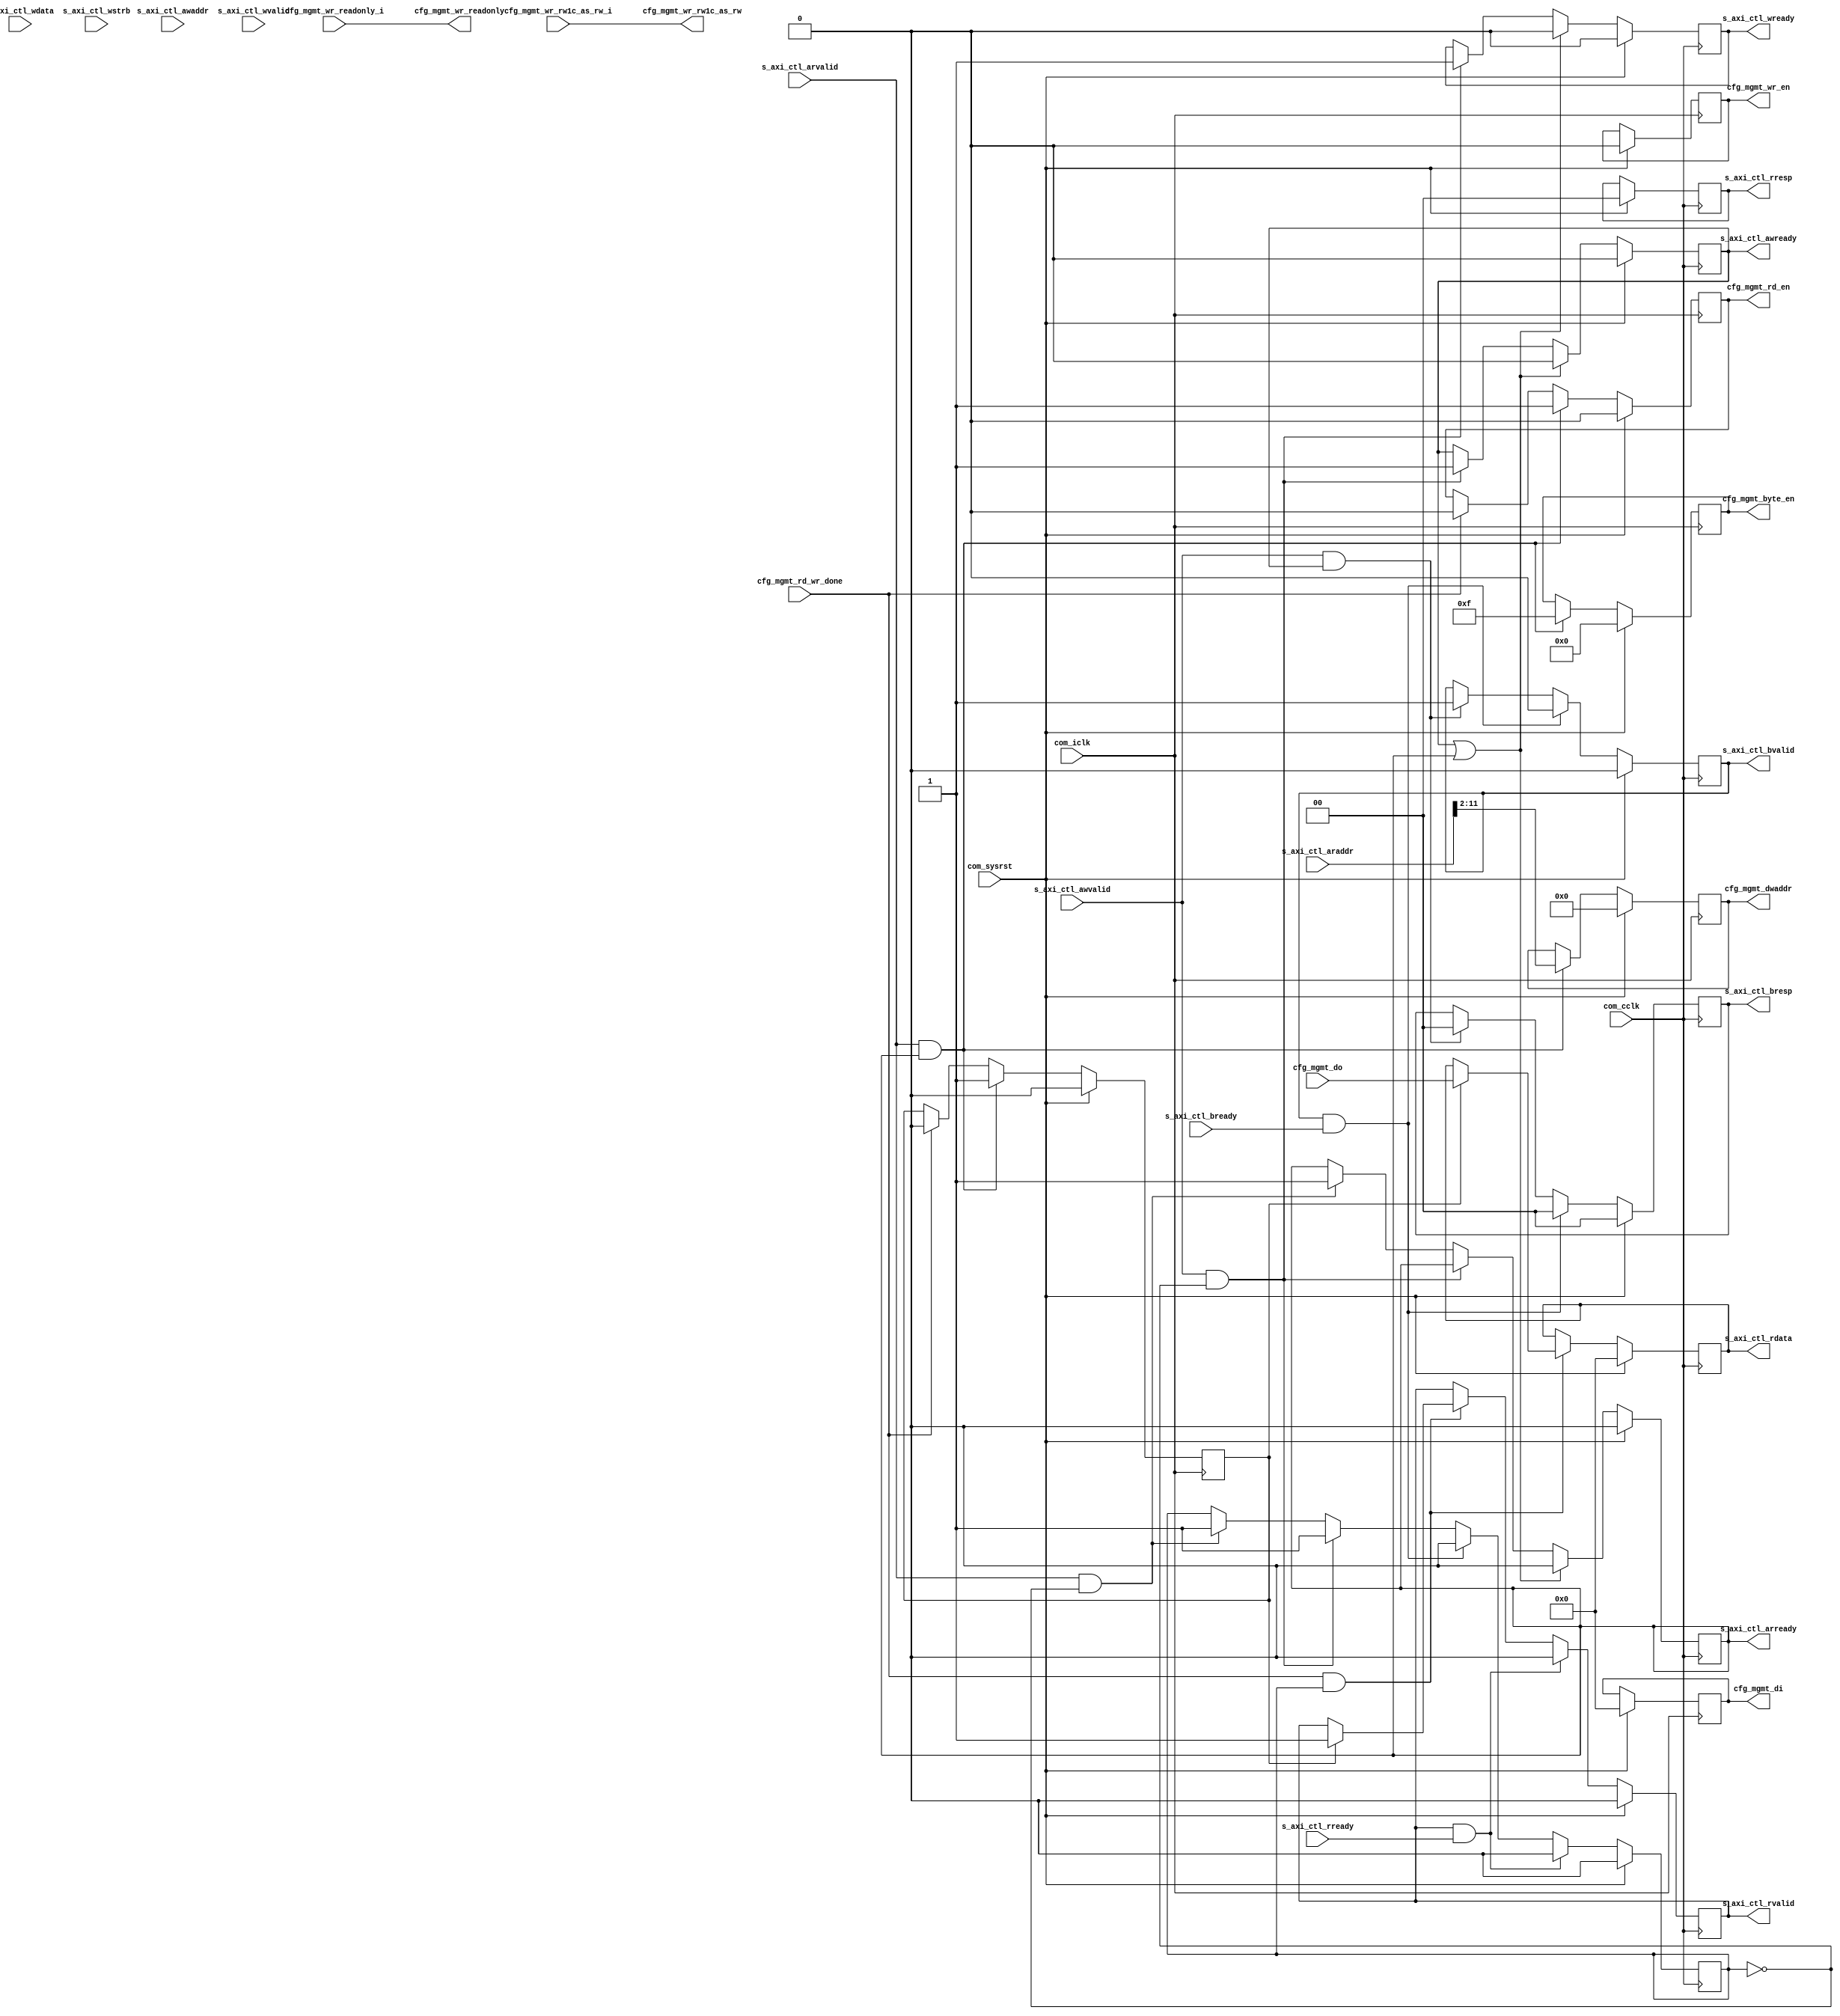
//----------------------------------------------------------------------------//
//                                                                            //
//  Description:                                                              //
//  AXI-Lite to Management interface Bridge                                   //
//  Contains a logic which converts AXI-Lite protocol based interface to      //
//  Management Interface of PCIe Hard Block                                   //
//                                                                            //
//  Notes:                                                                    //
//  Optional notes section.                                                   //
//                                                                            //
//  Hierarchical:                                                             //
//    axi_enhanced_cfg                                                        //
//    axi_enhanced_cfg_block_bridge                                           //
//                                                                            //
//----------------------------------------------------------------------------//

`timescale 1ps/1ps

module axi_pcie_v1_08_a_axi_enhanced_cfg_block_bridge #(
  parameter C_FAMILY = "X7",                         // Targeted FPGA family
  parameter C_ROOT_PORT = "FALSE",                   // PCIe block is in root port mode
  parameter C_ADDR_WIDTH = 12,                       // Address Width
  parameter [31:0] C_BASEADDR = 32'hFFFF_FFFF,       // AXI-Lite Base Address
  parameter [31:0] C_HIGHADDR = 32'h0000_0000,       // AXI-Lite High Address
  parameter TCQ = 1                                  // Clock-to-Q delay
  ) (
  
  //--------------------------------------------//
  // AXI-Lite Interface                         //
  //--------------------------------------------//

  // AXI-Lite Write Address Channel
  input [31:0]               s_axi_ctl_awaddr,       // AXI Lite Write Address
  input                      s_axi_ctl_awvalid,      // AXI Lite Write Address Valid
  output reg                 s_axi_ctl_awready,      // AXI Lite Write Address Core ready

  // AXI-Lite Write Data Channel
  input [31:0]               s_axi_ctl_wdata,        // AXI Lite Write Data
  input [3:0]                s_axi_ctl_wstrb,        // AXI Lite Write Data strobe
  input                      s_axi_ctl_wvalid,       // AXI Lite Write Data Valid
  output reg                 s_axi_ctl_wready,       // AXI Lite Write Data Core ready

  // AXI-Lite Write Response Channel
  output reg [1:0]           s_axi_ctl_bresp,        // AXI Lite Write Data strobe
  output reg                 s_axi_ctl_bvalid,       // AXI Lite Write Data Valid
  input                      s_axi_ctl_bready,       // AXI Lite Write Data Core ready

  // AXI-Lite Read Address Channel
  input [31:0]               s_axi_ctl_araddr,       // AXI Lite Read Address
  input                      s_axi_ctl_arvalid,      // AXI Lite Read Address Valid
  output reg                 s_axi_ctl_arready,      // AXI Lite Read Address Core ready

  // AXI-Lite Read Data Channel
  output reg [31:0]          s_axi_ctl_rdata,        // AXI Lite Read Data
  output reg [1:0]           s_axi_ctl_rresp,        // AXI Lite Read Data strobe
  output reg                 s_axi_ctl_rvalid,       // AXI Lite Read Data Valid
  input                      s_axi_ctl_rready,       // AXI Lite Read Data Core ready

  //--------------------------------------------//
  // Special Access Control Signals             //
  //--------------------------------------------//
  input                      cfg_mgmt_wr_rw1c_as_rw_i, // Write to RW1C bit
  input                      cfg_mgmt_wr_readonly_i,   // Write to RO bit
  
  //--------------------------------------------//
  // PCIe Configurtion Management Interface     //
  //--------------------------------------------//
  input                      cfg_mgmt_rd_wr_done,    // Read Write Done
  input [31:0]               cfg_mgmt_do,            // Data out
  output reg                 cfg_mgmt_rd_en,         // Read Enable
  output reg                 cfg_mgmt_wr_en,         // Write Enable
  output                     cfg_mgmt_wr_readonly,   // Write to Read only location
  output                     cfg_mgmt_wr_rw1c_as_rw, // Write to Read/Write 1 to clear location
  output reg [31:0]          cfg_mgmt_di,            // Data Input
  output reg [3:0]           cfg_mgmt_byte_en,       // Byte Enable
  output reg [9:0]           cfg_mgmt_dwaddr,        // Address
  
  //--------------------------------------------//
  // System I/Os                                //
  //--------------------------------------------//
  input                      com_sysrst,             // Reset Signal for the core
  input                      com_iclk,               // Interface Clock
  input                      com_cclk                // AXI Lite Clock

  );

  // internal registers
  reg                        request_in_progress;    // To make sure we don't capture the AXI-Lite
                                                     // read/write request again upon receiving the
                                                     // corresponding valid bit HIGH if any request
                                                     // is waiting for response

  reg                        rd_wr_bar_pending;      // Read/Write bar

  localparam                 IDLE           = 2'b00;
  localparam                 CLEAR_DW       = 2'b01;
  localparam                 CLEAR_BYTE_EN  = 2'b10;
  localparam                 CLEAR_BCR_BITS = 2'b11;
  reg [1:0]                  state;

  generate

  if(C_ROOT_PORT == "TRUE") begin : root_port_1
  
    //--------------------------------------------------------------------------//
    // AXI-Lite interface works on the com_cclk
    //
    // Read and write operations will be mutually exclusive
    //
    // Write Request:
    // Ready will be given to the AXI-Lite Write Address and Data channels once
    // it gets valid data and address. It will remain high for one clock cycle.
    // AXI-Lite Write Response channel will have valid high once it gets valid 
    // response from management interface and will be held till the time it gets 
    // s_axi_ctl_bready high from user side
    //
    // Read Request:
    // s_axi_ctl_arready will be asserted once it gets s_axi_ctl_arvalid high and
    // remains high for once clock cycle. This block will put valid data on
    // s_axi_ctl_rdata bus along with s_axi_ctl_rvalid high once it gets valid 
    // response from management interface through cfg_mgmt_rd_wr_done(HIGH)
    // Data along with valid signal will be held till the time it gets 
    // s_axi_ctl_rready high from the user side
    //--------------------------------------------------------------------------//
    always@(posedge com_cclk)
    begin
      if(com_sysrst) begin
        s_axi_ctl_awready      <= #TCQ 1'b0;
        s_axi_ctl_wready       <= #TCQ 1'b0;
        s_axi_ctl_bvalid       <= #TCQ 1'b0;
        s_axi_ctl_arready      <= #TCQ 1'b0;
        s_axi_ctl_rdata        <= #TCQ 32'b0;
        s_axi_ctl_rvalid       <= #TCQ 1'b0;
        s_axi_ctl_rresp        <= #TCQ 2'b00;
        s_axi_ctl_bresp        <= #TCQ 2'b00;
        request_in_progress    <= #TCQ 1'b0;
      end
      else begin
        if(s_axi_ctl_awvalid && (!request_in_progress)) begin // Write Request
          s_axi_ctl_awready    <= #TCQ 1'b1;
          s_axi_ctl_wready     <= #TCQ 1'b1;
          request_in_progress  <= #TCQ 1'b1;
        end
        else if(s_axi_ctl_arvalid && (!request_in_progress)) begin // Read Request
          s_axi_ctl_arready    <= #TCQ 1'b1;
          request_in_progress  <= #TCQ 1'b1;
        end
        
        // Drive the response as soon as we get the acknowlege with/without data (depends on the request type)
        if(cfg_mgmt_rd_wr_done && request_in_progress) begin
          if(rd_wr_bar_pending) begin // Drive Read data channe
            s_axi_ctl_rvalid   <= #TCQ 1'b1;
            s_axi_ctl_rdata    <= #TCQ cfg_mgmt_do;
          end
          else begin // Drive write response channel
            s_axi_ctl_bvalid   <= #TCQ 1'b1;
          end
        end
        
        // Ready output signals must be asserted for single clock cycle
        if(s_axi_ctl_awready || s_axi_ctl_arready) begin
          s_axi_ctl_awready    <= #TCQ 1'b0;
          s_axi_ctl_wready     <= #TCQ 1'b0;
          s_axi_ctl_arready    <= #TCQ 1'b0;
        end

        // De-assert response valid signal along with request in progress once
        // the transaction is received by the AXI-Lite slave sub-module
        if(s_axi_ctl_bvalid && s_axi_ctl_bready) begin
          s_axi_ctl_bvalid     <= #TCQ 1'b0;
          request_in_progress  <= #TCQ 1'b0;
        end
        if(s_axi_ctl_rvalid && s_axi_ctl_rready) begin
          s_axi_ctl_rvalid     <= #TCQ 1'b0;
          request_in_progress  <= #TCQ 1'b0;
        end

      end
    end

  // State Machine to Police AXI-Lite writes in case of Root Port mode
  // IO limit/Base, Memory Limit/Base, IP limit Upper-16/lower-16 bit 2,3,4 of Bridge Control register
  // are not allowed to be written by AXI-Lite (Although they all are RW in HardCore)
  // AXI-PCIE doesn't support these features
  always@(posedge com_cclk)
  begin
    if(com_sysrst) begin
      state <= #TCQ 2'b00;
    end
    else if(s_axi_ctl_awvalid && (!request_in_progress)) begin // Valid Write request
      case(s_axi_ctl_awaddr[11:0])
      12'h020, 12'h030 : state <= #TCQ CLEAR_DW;
      12'h01C          : state <= #TCQ CLEAR_BYTE_EN;
      12'h03C          : state <= #TCQ CLEAR_BCR_BITS;
      default          : state <= #TCQ IDLE;
      endcase
    end
  end

  end // root_port_1
  else begin : end_point_1
    //--------------------------------------------------------------------------//
    // AXI-Lite interface works on the com_cclk
    //
    // Read and write operations will be mutually exclusive
    //
    // Write Request:
    // SLVERR response will be returned in response to AXI-Lite write request on 
    // Core Configuration space
    //
    // Read Request:
    // s_axi_ctl_arready will be asserted once it gets s_axi_ctl_arvalid high and
    // remains high for once clock cycle. This block will put valid data on
    // s_axi_ctl_rdata bus along with s_axi_ctl_rvalid high once it gets valid 
    // response from management interface through cfg_mgmt_rd_wr_done(HIGH)
    // Data along with valid signal will be held till the time it gets 
    // s_axi_ctl_rready high from the user side
    //--------------------------------------------------------------------------//
    always@(posedge com_cclk)
    begin
      if(com_sysrst) begin
        s_axi_ctl_awready      <= #TCQ 1'b0;
        s_axi_ctl_wready       <= #TCQ 1'b0;
        s_axi_ctl_bvalid       <= #TCQ 1'b0;
        s_axi_ctl_arready      <= #TCQ 1'b0;
        s_axi_ctl_rdata        <= #TCQ 32'b0;
        s_axi_ctl_rvalid       <= #TCQ 1'b0;
        s_axi_ctl_rresp        <= #TCQ 2'b00;
        s_axi_ctl_bresp        <= #TCQ 2'b00;
        request_in_progress    <= #TCQ 1'b0;
        state                  <= #TCQ 2'b00;
      end
      else begin
        if(s_axi_ctl_awvalid && (!request_in_progress)) begin // Write Request
          s_axi_ctl_awready    <= #TCQ 1'b1;
          s_axi_ctl_wready     <= #TCQ 1'b1;
          request_in_progress  <= #TCQ 1'b1;
        end
        else if(s_axi_ctl_arvalid && (!request_in_progress)) begin // Read Request
          s_axi_ctl_arready    <= #TCQ 1'b1;
          request_in_progress  <= #TCQ 1'b1;
        end
        
        // Drive the response as soon as we get the acknowlege with/without data (depends on the request type)
        if(cfg_mgmt_rd_wr_done && request_in_progress) begin
          // Nam - added according to Manish's input        
          // coverage off -item b 1 -allfalse
          if(rd_wr_bar_pending) begin // Drive Read data channe
            s_axi_ctl_rvalid   <= #TCQ 1'b1;
            s_axi_ctl_rdata    <= #TCQ cfg_mgmt_do;
          end
        end
        
        // Ready output signals must be asserted for single clock cycle
        if(s_axi_ctl_awready || s_axi_ctl_arready) begin
          s_axi_ctl_awready    <= #TCQ 1'b0;
          s_axi_ctl_wready     <= #TCQ 1'b0;
          s_axi_ctl_arready    <= #TCQ 1'b0;
        end
        // Drive SLVERR in response for AXI-Lite write request
        if(s_axi_ctl_awvalid && s_axi_ctl_awready) begin
          s_axi_ctl_bvalid     <= #TCQ 1'b1;
          s_axi_ctl_bresp      <= #TCQ 2'b00; // OKAY
        end
        // De-assert response valid signal along with request in progress once
        // the transaction is received by the AXI-Lite slave sub-module
        if(s_axi_ctl_bvalid && s_axi_ctl_bready) begin
          s_axi_ctl_bvalid     <= #TCQ 1'b0;
          s_axi_ctl_bresp      <= #TCQ 2'b00;
          request_in_progress  <= #TCQ 1'b0;
        end
        if(s_axi_ctl_rvalid && s_axi_ctl_rready) begin
          s_axi_ctl_rvalid     <= #TCQ 1'b0;
          request_in_progress  <= #TCQ 1'b0;
        end

      end
    end
  end // end_point_1
  endgenerate

  //--------------------------------------------------------------------------//
  // Management interface works on the com_iclk
  // There can be at the max one Root Port instantiated in the core as of now.
  // Multiple RC are not supported
  //
  // Write Operation:
  // Write request will be driven on management interface once it gets
  // s_axi_ctl_awvalid, s_axi_ctl_wvalid, s_axi_ctl_awready and s_axi_ctl_wready
  // all asserted. cfg_mgmt_dwaddr, cfg_mgmt_di and cfg_mgmt_wr_en will retain 
  // their values until it gets cfg_mgmt_rd_wr_done signal high.
  //
  // Read Operation:
  // Read request will be driven on management interaface once it gets
  // s_axi_ctl_arvalid and s_axi_ctl_arready high. cfg_mgmt_dwaddr and
  // cfg_mgmt_rd_en will retain their values until it gets cfg_mgmt_rd_wr_done 
  // signal high.
  //--------------------------------------------------------------------------//
  
  // Generate Block is used for future in case multiple RP can be instantiated 
  // which is not supported as of now. In that case C_ADDR_WIDTH will be greater
  // than 12 and this block will have to perform ECAM Slicing 
  // (i.e. multiplexing/demultiplexing must be provided in order to route the 
  // AXI-Lite read/write request correctly so that each core gets addresses that 
  // correspond to its slice of ECAM window.
  generate
  
  assign cfg_mgmt_wr_rw1c_as_rw = cfg_mgmt_wr_rw1c_as_rw_i;
  assign cfg_mgmt_wr_readonly   = cfg_mgmt_wr_readonly_i;


  if (C_ROOT_PORT == "TRUE" && C_ADDR_WIDTH == 12) begin : root_port_12
    always@(posedge com_iclk)
    begin
      if (com_sysrst) begin
        cfg_mgmt_rd_en       <= #TCQ 1'b0;
        cfg_mgmt_wr_en       <= #TCQ 1'b0;
        cfg_mgmt_di          <= #TCQ 32'b0;
        cfg_mgmt_byte_en     <= #TCQ 4'b0;
        cfg_mgmt_dwaddr      <= #TCQ 10'b0;
        rd_wr_bar_pending    <= #TCQ 10'b0;
      end
      else begin
        if(s_axi_ctl_awvalid && s_axi_ctl_awready) begin // Write Operation
          cfg_mgmt_dwaddr    <= #TCQ s_axi_ctl_awaddr[11:2];
          cfg_mgmt_di        <= #TCQ (state == CLEAR_DW) ? 32'b0 : (state == CLEAR_BCR_BITS) ? 
                                        {s_axi_ctl_wdata[31:21],3'b000,s_axi_ctl_wdata[17:0]}: s_axi_ctl_wdata;
          cfg_mgmt_byte_en   <= #TCQ (state == CLEAR_BYTE_EN) ? {s_axi_ctl_wstrb[3:2],2'b00} : s_axi_ctl_wstrb;
          cfg_mgmt_wr_en     <= #TCQ 1'b1;
          rd_wr_bar_pending  <= #TCQ 1'b0;
        end
        else if (s_axi_ctl_arvalid && s_axi_ctl_arready) begin // Read Operation
          cfg_mgmt_dwaddr    <= #TCQ s_axi_ctl_araddr[11:2];
          cfg_mgmt_byte_en   <= #TCQ 4'b1111;
          cfg_mgmt_rd_en     <= #TCQ 1'b1;
          rd_wr_bar_pending  <= #TCQ 1'b1;
        end
        else if (cfg_mgmt_rd_wr_done) begin // Release read or write control pins
          cfg_mgmt_wr_en     <= #TCQ 1'b0;
          cfg_mgmt_rd_en     <= #TCQ 1'b0;
          rd_wr_bar_pending  <= #TCQ 1'b0;
        end
      end
    end
  end // root_port_12
  
  else if(C_ROOT_PORT == "FALSE") begin : end_point
    always@(posedge com_iclk)
    begin
      if (com_sysrst) begin
        cfg_mgmt_rd_en       <= #TCQ 1'b0;
        cfg_mgmt_wr_en       <= #TCQ 1'b0;
        cfg_mgmt_di          <= #TCQ 32'b0;
        cfg_mgmt_byte_en     <= #TCQ 4'b0;
        cfg_mgmt_dwaddr      <= #TCQ 10'b0;
        rd_wr_bar_pending    <= #TCQ 10'b0;
      end
      else begin
        if (s_axi_ctl_arvalid && s_axi_ctl_arready) begin // Read Operation
          cfg_mgmt_dwaddr    <= #TCQ s_axi_ctl_araddr[11:2];
          cfg_mgmt_byte_en   <= #TCQ 4'b1111;
          cfg_mgmt_rd_en     <= #TCQ 1'b1;
          rd_wr_bar_pending  <= #TCQ 1'b1;
        end
        else if (cfg_mgmt_rd_wr_done) begin // Release read or write control pins
          cfg_mgmt_rd_en     <= #TCQ 1'b0;
          rd_wr_bar_pending  <= #TCQ 1'b0;
        end
      end
    end
  end // end_point
  // coverage off
  else begin
    // Provision for the future support (Multiple RP instantiation)
  end
  // coverage on

  endgenerate

endmodule